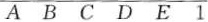
A B C D E 1